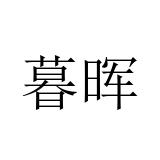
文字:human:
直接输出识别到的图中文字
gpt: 暮晖